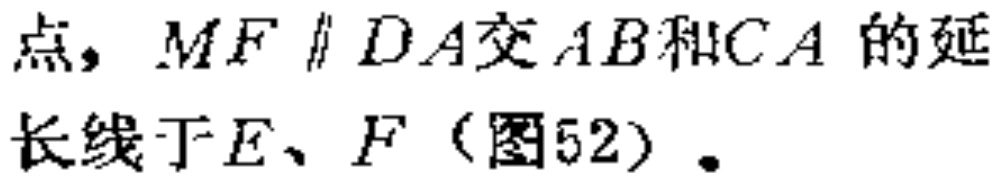
点，$MF \parallel DA$交$AB$和$CA$的延长线于$E、F$（图52）.